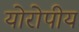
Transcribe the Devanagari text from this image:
योरोपीय